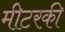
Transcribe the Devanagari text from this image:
मीटरकी